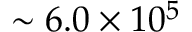
\sim 6 . 0 \times 1 0 ^ { 5 }